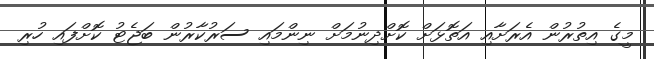
މީގެ އިތުރުން އެރަށާއި އަތޮޅަށް ކޮށްދިނުމަށް ނިންމައި ސަރުކާރުން ބަޖެޓު ކޮށްފައި ހުރި